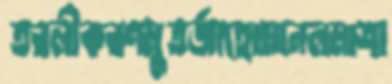
তরলীকরণমুতর্জাহোমানলমাশা